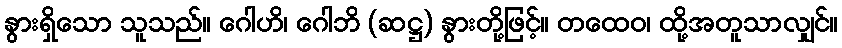
နွားရှိသော သူသည်။ ဂေါဟိ၊ ဂေါဘိ (ဆဋ္ဌ) နွားတို့ဖြင့်။ တထေဝ၊ ထို့အတူသာလျှင်။